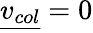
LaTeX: {\underline{{v_{col}}}}=0